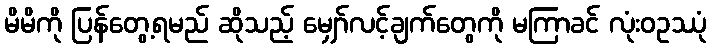
မိမိကို ပြန်တွေ့ရမည် ဆိုသည့် မျှော်လင့်ချက်တွေကို မကြာခင် လုံးဝဥဿုံ